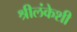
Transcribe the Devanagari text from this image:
श्रीलंकेशी